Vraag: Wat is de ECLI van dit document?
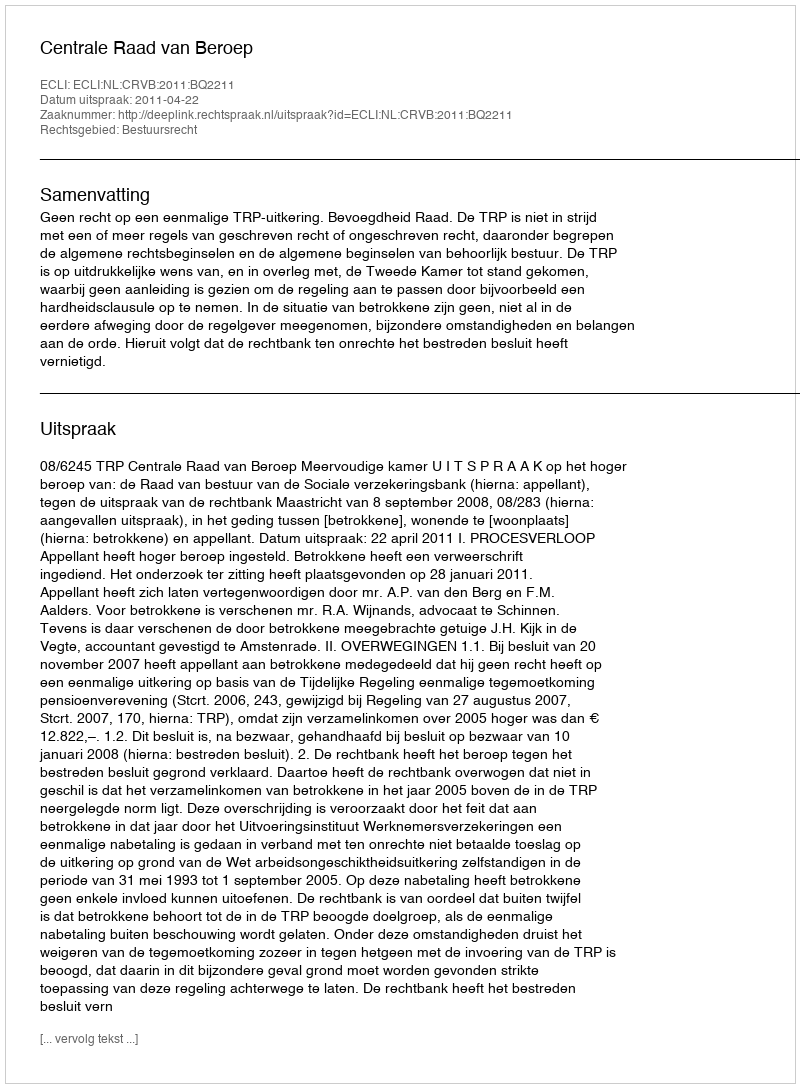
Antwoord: ECLI:NL:CRVB:2011:BQ2211